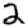
Digit: 2